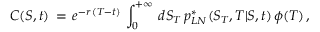
C ( S , t ) \, = \, e ^ { - r \, ( T - t ) } \, \int _ { 0 } ^ { + \infty } \, d S _ { T } \, p _ { L N } ^ { * } ( S _ { T } , T | S , t ) \, \phi ( T ) \, ,